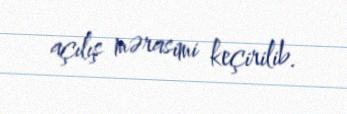
açılış mərasimi keçirilib.